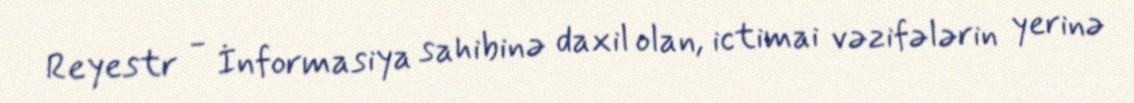
Reyestr - İnformasiya sahibinə daxil olan, ictimai vəzifələrin yerinə